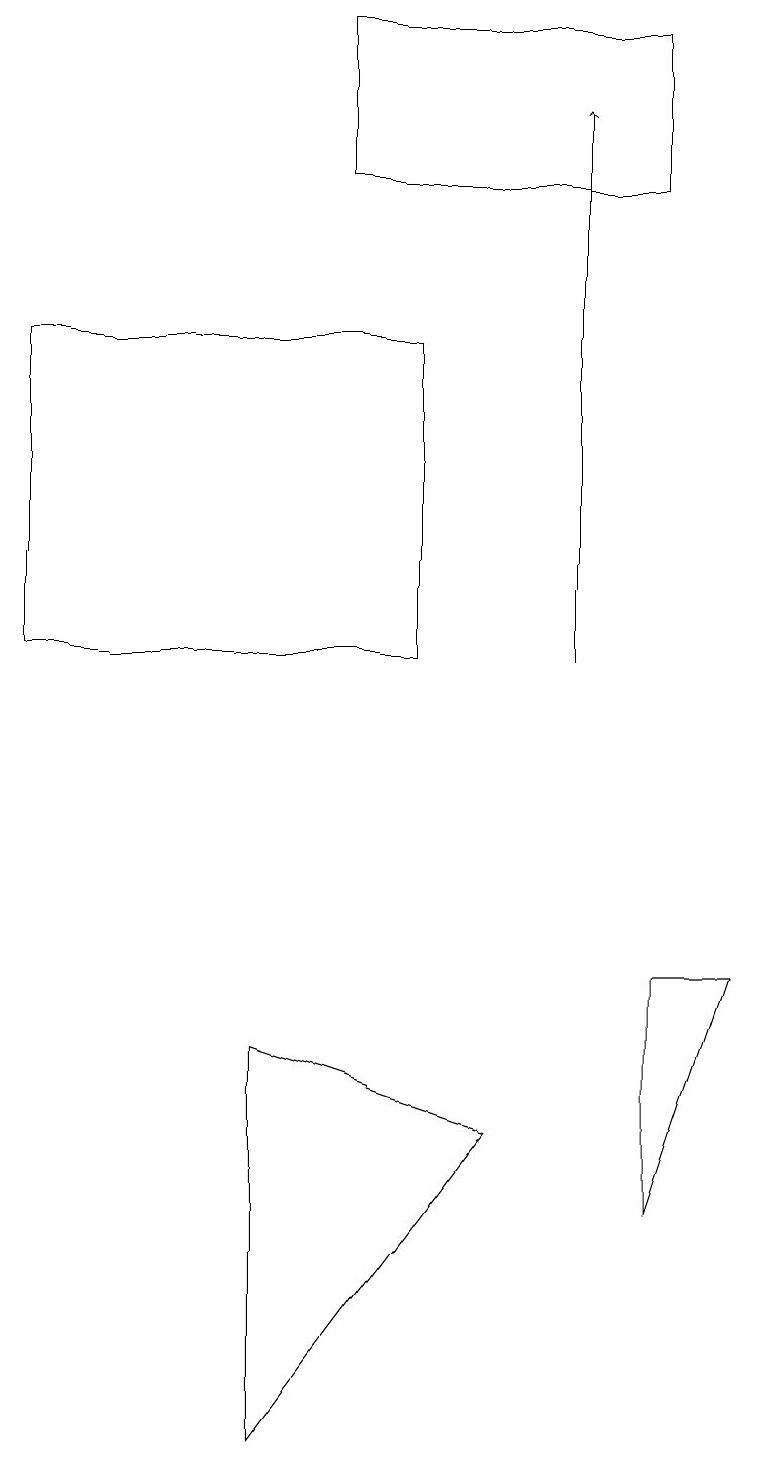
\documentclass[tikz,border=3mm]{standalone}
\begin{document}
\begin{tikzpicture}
\draw (4,19) rectangle (8,17);
\draw (3,1) -- (3,6) -- (6,5) -- cycle;
\draw (0,15) rectangle (5,11);
\draw (8,7) -- (9,7) -- (8,4) -- cycle;
\draw[->] (7,11) -- (7,18);
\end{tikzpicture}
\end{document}